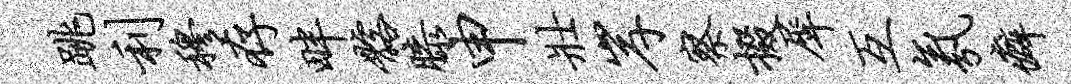
跳利穆存畔髂膝申壮岸察掇犀互氛癖